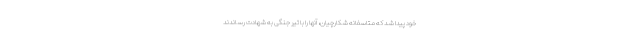
خود پیدا شد که متاسفانه شکارچیان، آنها را با تیر جنگی به شهادت رساندند